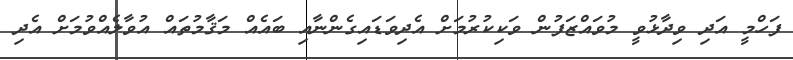
ފަހްމީ އަދި ވިދާޅުވީ މުވައްޒަފުން ވަކިކުރުމަށް އެދިވަޑައިގެންނާއި ބައެއް މަޤާމުތައް އުވާލެއްވުމަށް އެދި